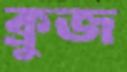
ক্রুজ